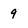
Character: 9